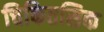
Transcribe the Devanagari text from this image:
चिकितसिक